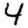
Digit: 4